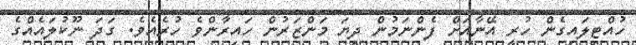
ހުއްޓިލައިގެން ހުރީ އޭނާއަށް ފެންނަމުން ދިޔަ މަންޒަރުން ހައިރާންވެ ހުރެއެވެ. ގަދަ ނޫކުލައެއްގެ